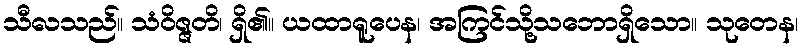
သီလသည်။ သံဝိဇ္ဇတိ၊ ရှိ၏။ ယထာရူပေန၊ အကြင်သို့သဘောရှိသော။ သုတေန၊